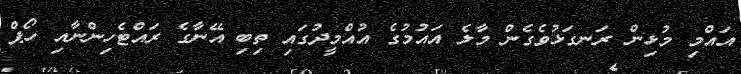
އައްމި މުޅިން ރަނގަޅުވެގެން މާލެ އައުމުގެ އުއްމީދުގައި ތިބި އޭނާގެ ރައްޓެހިންނާއި ހޯޕް